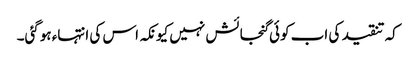
کہ تنقید کی اب کوئی گنجائش نہیں کیونکہ اس کی انتہاء ہوگئی۔